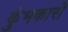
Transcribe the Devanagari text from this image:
कुंभकारी